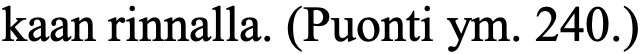
kaan rinnalla. (Puonti ym. 240.)